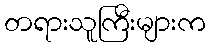
တရားသူကြီးများက